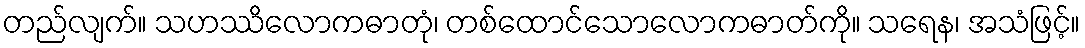
တည်လျက်။ သဟဿိလောကဓာတုံ၊ တစ်ထောင်သောလောကဓာတ်ကို။ သရေန၊ အသံဖြင့်။